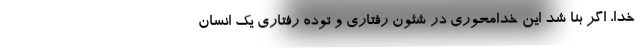
خدا، اگر بنا شد این خدامحوری در شئون رفتاری و توده رفتاری یک انسان